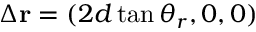
\Delta { \bf r } = ( 2 d \tan \theta _ { r } , 0 , 0 )